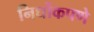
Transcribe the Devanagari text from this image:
निर्धोकपणे